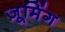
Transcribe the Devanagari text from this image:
ज़ूमिंग